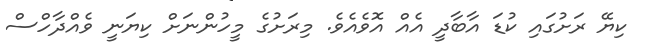
ކިޔޭ ރަށުގައި ކުޑަ އާބާދީ އެއް އޮވެއެވެ. މިރަށުގެ މީހުންނަށް ކިޔަނީ ވެއްދާހްސް